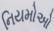
નિયમોઓ